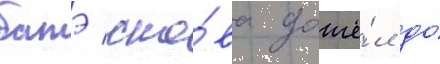
батэ сно́ва дошё́л до́